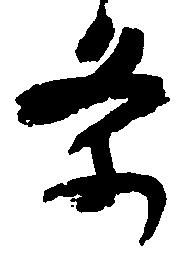
条